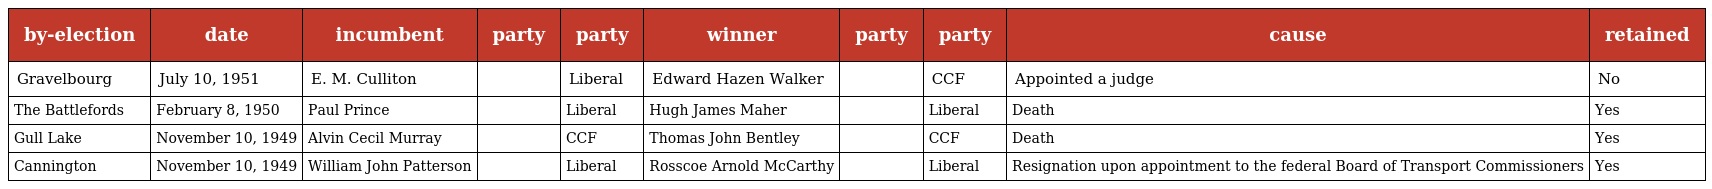
| by-election | date | incumbent | party | party | winner | party | party | cause | retained |
 | --- | --- | --- | --- | --- | --- | --- | --- | --- | --- |
 | Gravelbourg | July 10, 1951 | E. M. Culliton |  | Liberal | Edward Hazen Walker |  | CCF | Appointed a judge | No |
 | The Battlefords | February 8, 1950 | Paul Prince |  | Liberal | Hugh James Maher |  | Liberal | Death | Yes |
 | Gull Lake | November 10, 1949 | Alvin Cecil Murray |  | CCF | Thomas John Bentley |  | CCF | Death | Yes |
 | Cannington | November 10, 1949 | William John Patterson |  | Liberal | Rosscoe Arnold McCarthy |  | Liberal | Resignation upon appointment to the federal Board of Transport Commissioners | Yes |